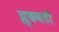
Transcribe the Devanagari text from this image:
झुकवली